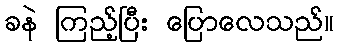
ခနဲ ကြည့်ပြီး ပြောလေသည်။